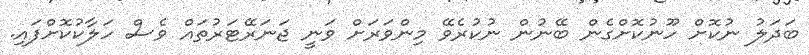
ބަދަލު ނުކޮށް ހޫނުކޮށްގެން ބޭނުން ނުކުރެވޭ މިންވަރަށް ވަނީ ޖަނަރޭޓަރުތައް ވެސް ހަލާކުކޮށްފައި.